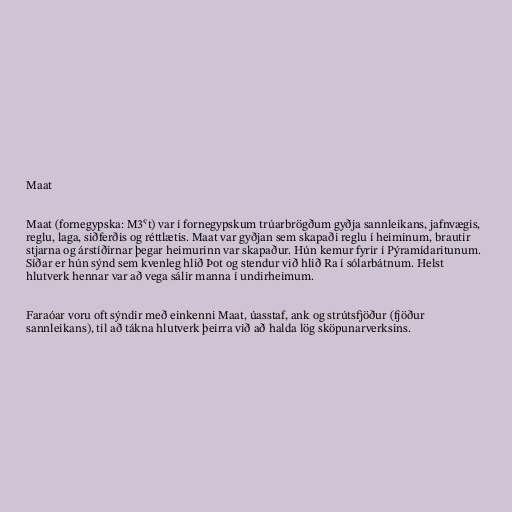
Maat

Maat (fornegypska: M3ˁt) var í fornegypskum trúarbrögðum gyðja sannleikans, jafnvægis,
reglu, laga, siðferðis og réttlætis. Maat var gyðjan sem skapaði reglu í heiminum, brautir
stjarna og árstíðirnar þegar heimurinn var skapaður. Hún kemur fyrir í Pýramídaritunum.
Síðar er hún sýnd sem kvenleg hlið Þot og stendur við hlið Ra í sólarbátnum. Helst
hlutverk hennar var að vega sálir manna í undirheimum.

Faraóar voru oft sýndir með einkenni Maat, úasstaf, ank og strútsfjöður (fjöður
sannleikans), til að tákna hlutverk þeirra við að halda lög sköpunarverksins.